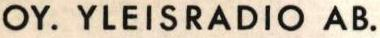
OY. YLEISRADIO AB.